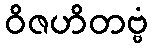
ဝိဇဟိတဗ္ဗံ